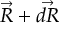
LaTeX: { \vec { R } } + { \vec { d R } }